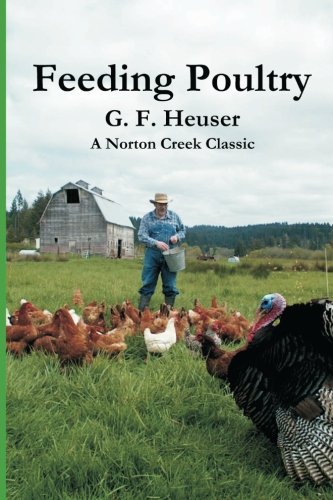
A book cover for Feeding Poultry: The Classic Guide to Poultry Nutrition for Chickens, Turkeys, Ducks, Geese, Gamebirds, and Pigeons; G F Heuser; Crafts, Hobbies & Home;